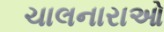
ચાલનારાઓ